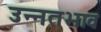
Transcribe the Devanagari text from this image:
उन्नतभाव